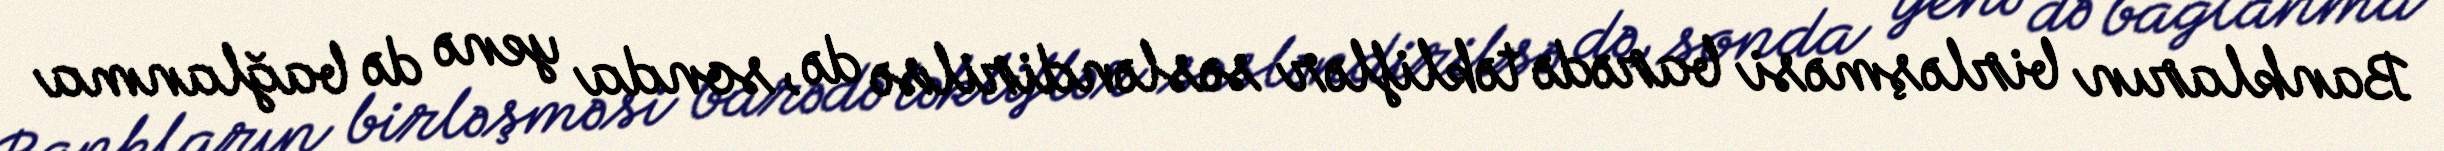
Bankların birləşməsi barədə təkliflər səsləndirilsə də, sonda yenə də bağlanma